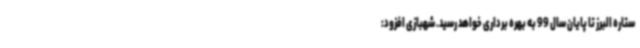
ستاره البرز تا پایان سال 99 به بهره برداری خواهد رسید. شهبازی افزود: